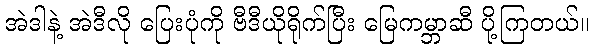
အဲဒါနဲ့ အဲဒီလို ပြေးပုံကို ဗီဒီယိုရိုက်ပြီး မြေကမ္ဘာဆီ ပို့ကြတယ်။